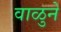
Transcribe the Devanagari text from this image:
वाळुने